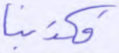
فكذبنا